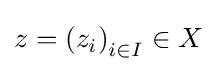
{\textstyle z=\left(z_{i}\right)_{i\in I}\in X}